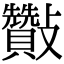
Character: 𣀶